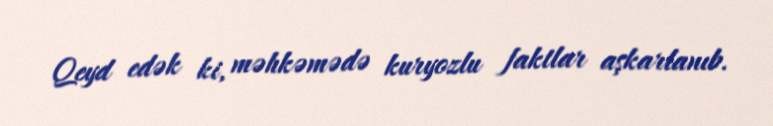
Qeyd edək ki, məhkəmədə kuryozlu faktlar aşkarlanıb.